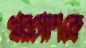
খরগোশকে